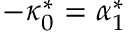
- \kappa _ { 0 } ^ { * } = \alpha _ { 1 } ^ { * }